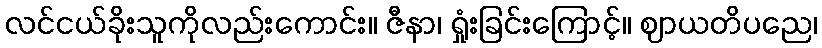
လင်ငယ်ခိုးသူကိုလည်းကောင်း။ ဇီနာ၊ ရှုံးခြင်းကြောင့်။ ဈာယတိပညေ၊